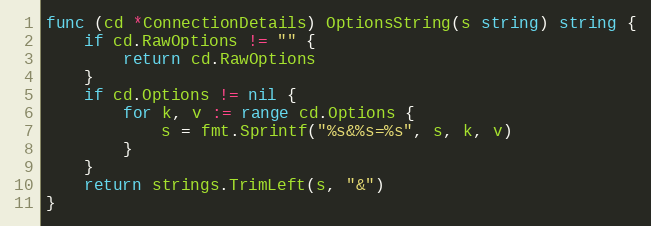
Language: Go
func (cd *ConnectionDetails) OptionsString(s string) string {
	if cd.RawOptions != "" {
		return cd.RawOptions
	}
	if cd.Options != nil {
		for k, v := range cd.Options {
			s = fmt.Sprintf("%s&%s=%s", s, k, v)
		}
	}
	return strings.TrimLeft(s, "&")
}